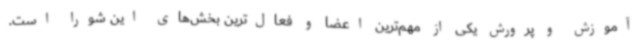
آموزش و پرورش یکی از مهم‌ترین اعضا و فعال‌ترین بخش‌های این شورا است.